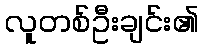
လူတစ်ဦးချင်း၏